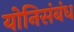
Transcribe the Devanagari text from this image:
योनिसंबंध